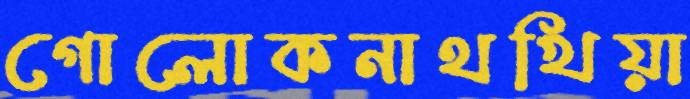
গোলোকনাথখিয়া